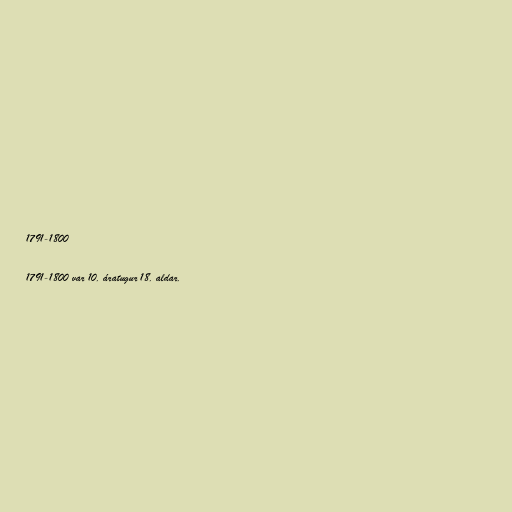
1791-1800

1791-1800 var 10. áratugur 18. aldar.